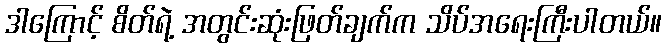
ဒါကြောင့် စိတ်ရဲ့ အတွင်းဆုံးဖြတ်ချက်က သိပ်အရေးကြီးပါတယ်။